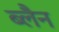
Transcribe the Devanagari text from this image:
ब्लैन